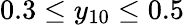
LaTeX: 0.3\leq y_{10}\leq 0.5